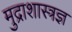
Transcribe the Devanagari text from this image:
मुद्राशास्त्रज्ञ